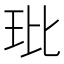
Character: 玭